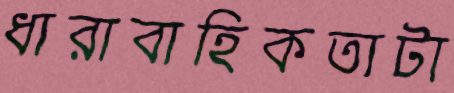
ধারাবাহিকতাটা